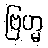
ဗြဟ္မ